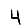
Digit: 4